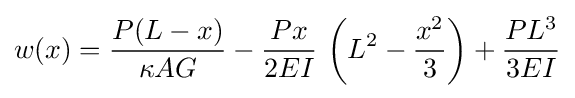
w(x)={\frac {P(L-x)}{\kappa AG}}-{\frac {Px}{2EI}}\,\left(L^{2}-{\frac {x^{2}}{3}}\right)+{\frac {PL^{3}}{3EI}}